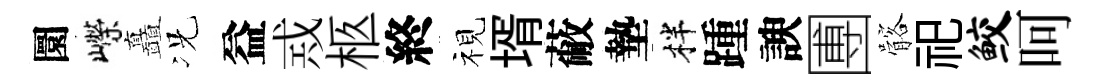
圜嶸矗况益𢦶柩終视壻蔽墊柈踵諛圑髂祀鲛呵